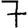
Digit: 7